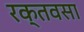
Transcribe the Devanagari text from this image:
रक्तवसा